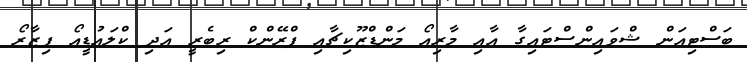
ބަސްޓިއަން ޝްވައިންސްޓައިގާ އާއި މާރިއޯ މަންޑްޒޫކިޗާއި ފްރޭންކް ރިބެރީ އަދި ކްލައުޑީއޯ ޕިޒާރޯ